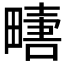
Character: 𱰿